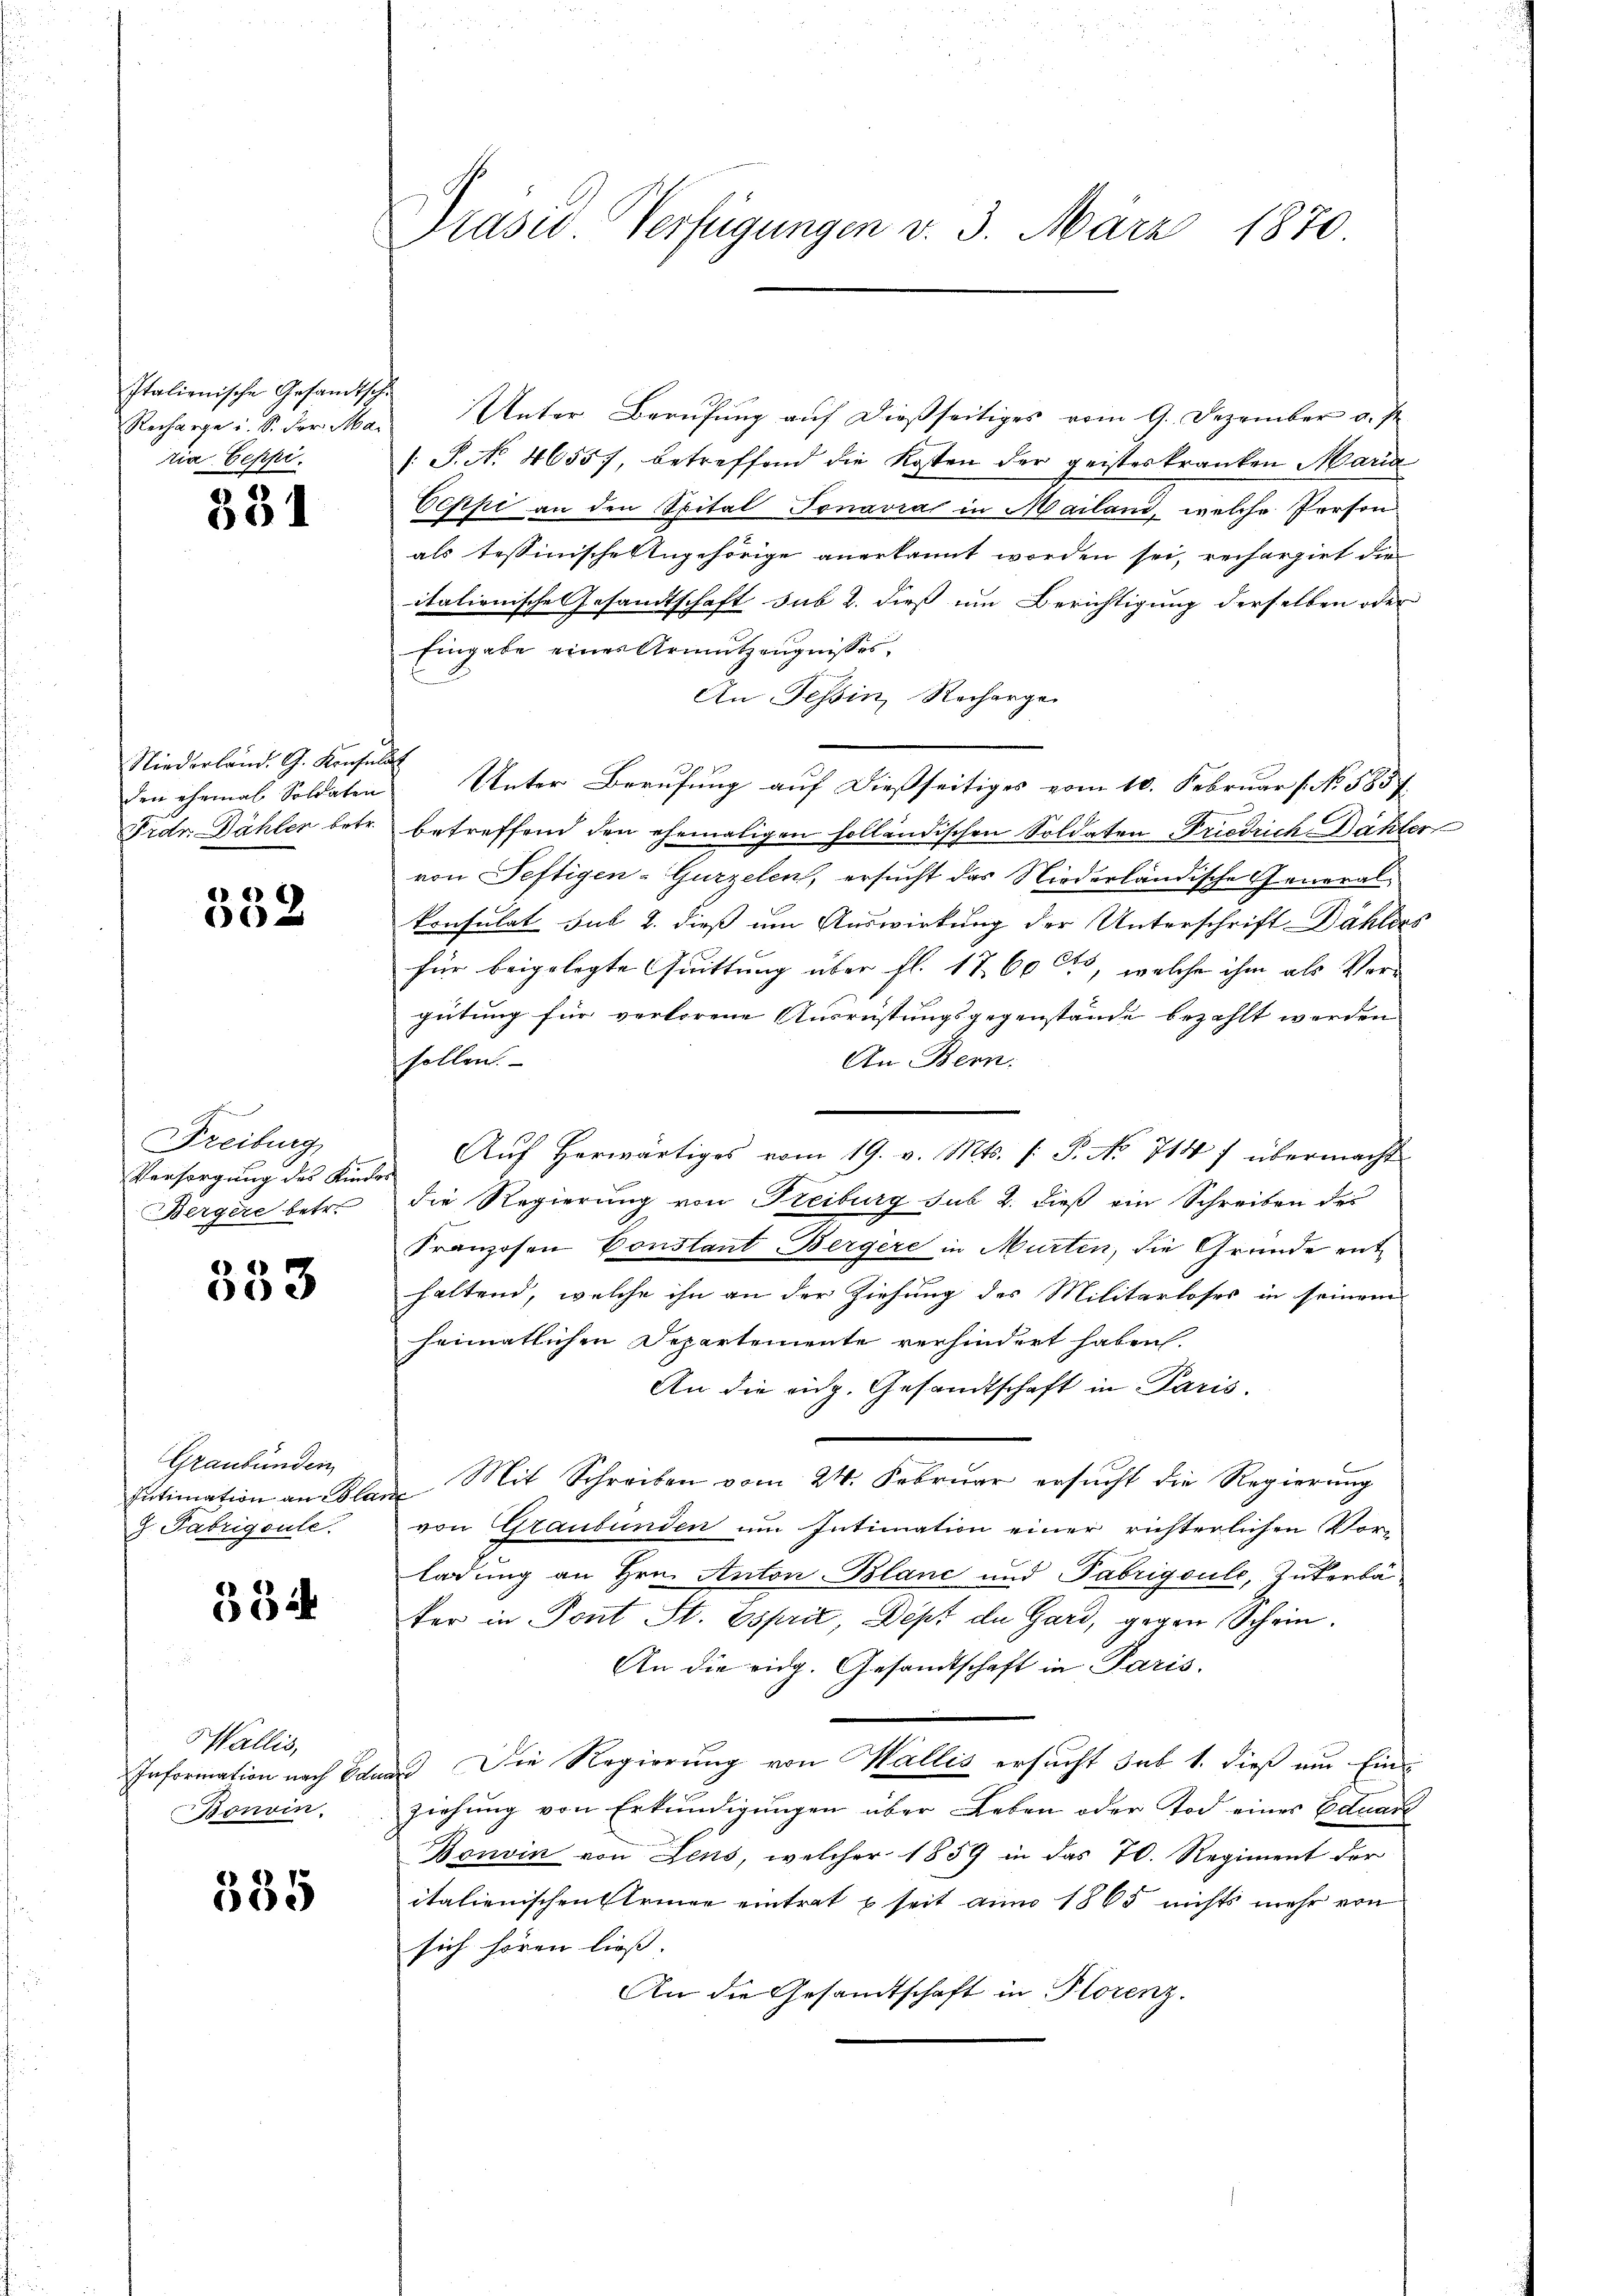
Italienische Gesandtsche
tia-Seppi

331

Niederland. G. Konsulat
den ehemal Soldaten
Frdr. Dähler betr.

552

Freiburg,
Versorgung des Kindes
Bergere betr.

64)
603

Graubünden
d. Fabrigoule.

334

Wallis,
Information nach Ode
Bonoin.

335

Präsid.. Verfügungen v. 3. März 1870.

Recharge i. S. der Mar Unter Berŭfŭng aŭf dießseitiges vom 9. Dezember v. J.
/. P. N. 46557, betreffend die Kosten der geisteskranken Maria
Oeppi an den Spital Tonavral in Mailand, welche Person
als tessinische Angehörige anerkannt worden sei, recherziet die
italienische Gesandtschaft sub 2. dieß um Berichtigung derselben oder
Eingabe einer Armutzeugnisses,
An Tessin, Recharger
Unter Berufung auf dießseitiges vom 10. Februar  No. 585 f.
betreffend den ehemaligen holländischen Soldaten Friedrich Dähler
von Peftigen-Gurzelen, ersucht das Niederländische Generalkonsulat sub 2. dieß um Auswirkung der Unterschrift Dählies
für beigelegte Quittung über fl. 1760, welche ihm als Vor-
gütung für verlorene Ausrüstungsgegenstände bezahlt werden
An Bern:
sollen.
Aŭf herwärtiges vom 19. v. Mts. /: P. No 715 f übermacht
die Regierung von Kreiburg sub 2. dieß ein Schreiben des
Franzosen Constant Bergere in Murten, die Gründe ent
haltend, welche ihn an der Ziehung des Militarloses in seinem
heimatlichen Departemente verhindert haben.
An die eidg. Gesandtschaft in Paris.
Intimation an Plane Mit Schreiben vom 24. Februar ersŭcht die Regierung
von Graubünden um Intimation einer richterlichen Vorn
ladung an Hrn. Anton Blanc und Fabrigoule, Zukerbä
ker in Pont St. Esprit, Dept de Gard, gegen Schein¬
An die eidg. Gesandtschaft in Paris.
und Die Regierung von Wallis ersucht sub 1. dieß am Ein-
ziehung von Erkundigungen über Leben oder Tod eines Eduar
Bonvin von Jens, welcher 1859 in das 70. Regiment der
italienischen Stringe eintrat seit am 1865 nichts mehr von
sich hören liess. |
An die Gesandtschaft in Horenz.